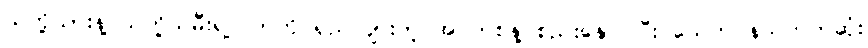
သတို့သားနဲ့ သတို့သမီးရဲ့လက်ကို ရှည်လျားတဲ့ အဝတ်စနဲ့ စည်းနှောင်ပြီး သေတပန်သက်တဆုံး